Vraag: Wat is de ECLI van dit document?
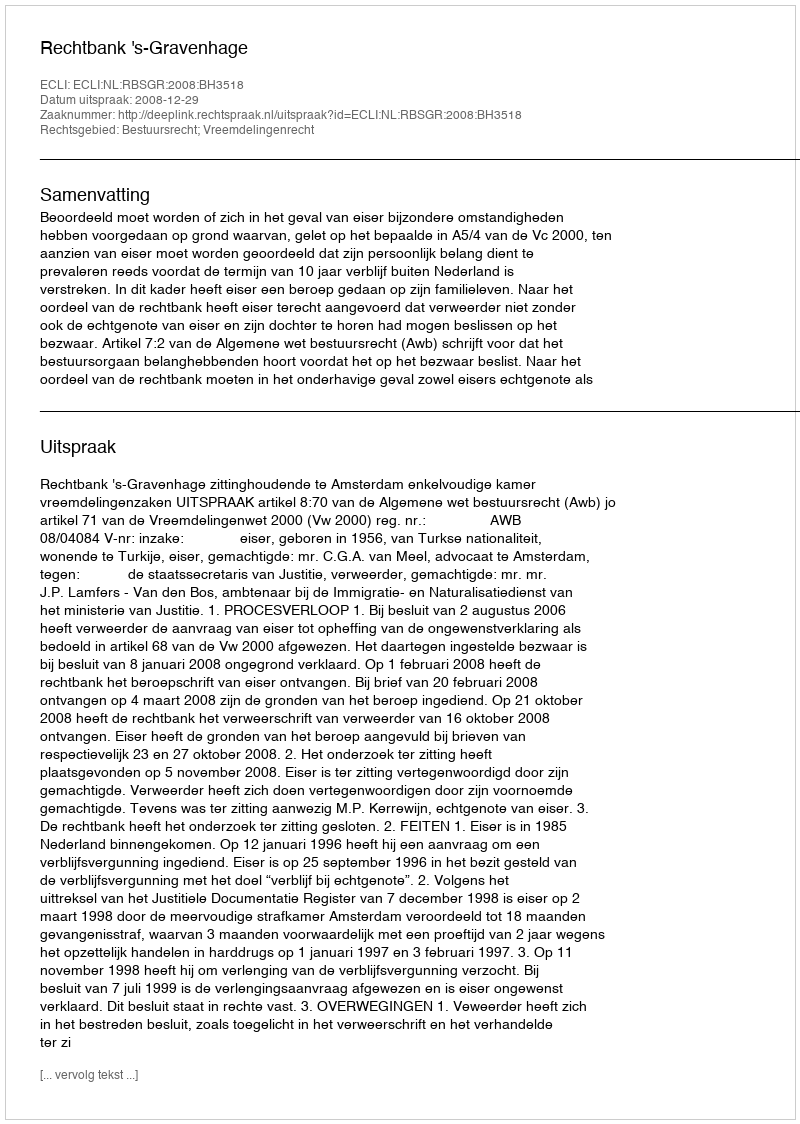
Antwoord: ECLI:NL:RBSGR:2008:BH3518